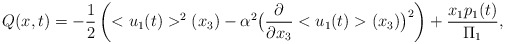
\begin{align*}Q(x,t)=-\frac{1}{2}\left(<u_1(t)>^2(x_3)-\alpha^2 \big(\frac{\partial}{\partial x_3} <u_1(t)>(x_3)\big)^2\right)+\frac{x_1 p_1(t)}{\Pi_1},\end{align*}